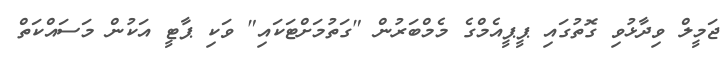
ޖަމީލް ވިދާޅުވި ގޮތުގައި ޕީޕީއެމްގެ މެމްބަރުން "ގަތުމަށްޓަކައި" ވަކި ޕާޓީ އަކުން މަސައްކަތް